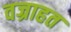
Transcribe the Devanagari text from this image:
वज्राहत